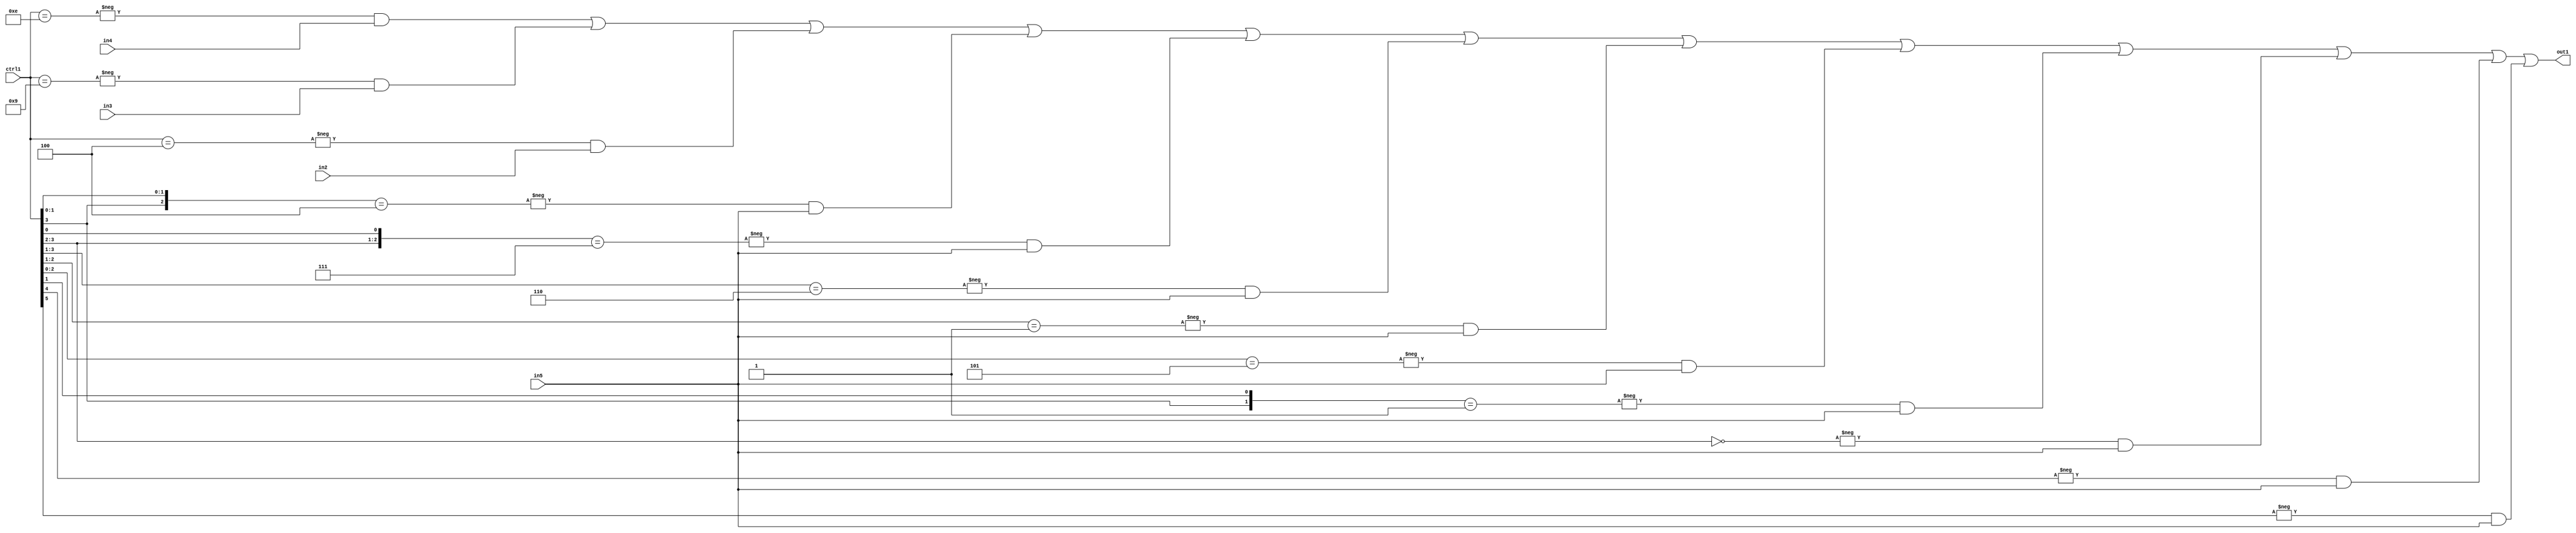
`timescale 1ps / 1ps
/*****************************************************************************
    Verilog RTL Description
    
    
    Created by: Stratus DpOpt 21.05.01 
*******************************************************************************/

module SobelFilter_N_Mux_32_4_31_4 (
	in5,
	in4,
	in3,
	in2,
	ctrl1,
	out1
	); /* architecture "behavioural" */ 
input [31:0] in5;
input [8:0] in4,
	in3,
	in2;
input [5:0] ctrl1;
output [31:0] out1;
wire [31:0] asc001;

assign asc001 = 
	-{ctrl1 == 6'B001110} & in4 |
	-{ctrl1 == 6'B001001} & in3 |
	-{ctrl1 == 6'B000100} & in2 |
	-{{ctrl1[3], ctrl1[1:0]} == 3'B100} & in5 |
	-{{ctrl1[3:2], ctrl1[0]} == 3'B111} & in5 |
	-{ctrl1[3:1] == 3'B110} & in5 |
	-{ctrl1[2:1] == 2'B01} & in5 |
	-{ctrl1[2:0] == 3'B101} & in5 |
	-{{ctrl1[3], ctrl1[1]} == 2'B01} & in5 |
	-{ctrl1[3:2] == 2'B00} & in5 |
	-{ctrl1[4] == 1'B1} & in5 |
	-{ctrl1[5] == 1'B1} & in5 ;

assign out1 = asc001;
endmodule

/* CADENCE  vbX3Qwk= : u9/ySxbfrwZIxEzHVQQV8Q== ** DO NOT EDIT THIS LINE ******/